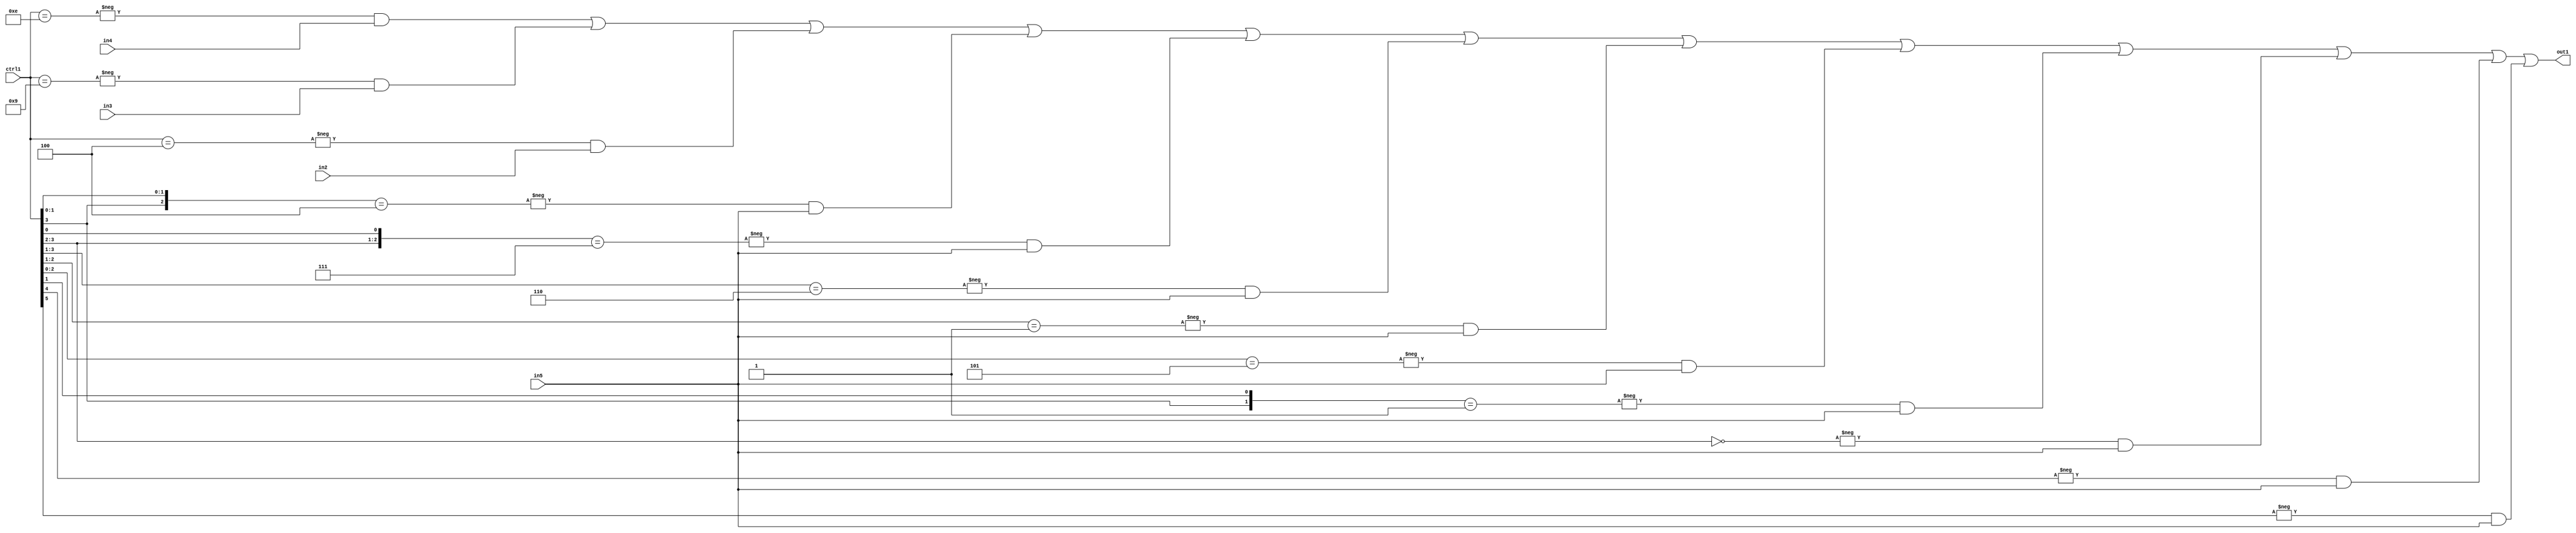
`timescale 1ps / 1ps
/*****************************************************************************
    Verilog RTL Description
    
    
    Created by: Stratus DpOpt 21.05.01 
*******************************************************************************/

module SobelFilter_N_Mux_32_4_31_4 (
	in5,
	in4,
	in3,
	in2,
	ctrl1,
	out1
	); /* architecture "behavioural" */ 
input [31:0] in5;
input [8:0] in4,
	in3,
	in2;
input [5:0] ctrl1;
output [31:0] out1;
wire [31:0] asc001;

assign asc001 = 
	-{ctrl1 == 6'B001110} & in4 |
	-{ctrl1 == 6'B001001} & in3 |
	-{ctrl1 == 6'B000100} & in2 |
	-{{ctrl1[3], ctrl1[1:0]} == 3'B100} & in5 |
	-{{ctrl1[3:2], ctrl1[0]} == 3'B111} & in5 |
	-{ctrl1[3:1] == 3'B110} & in5 |
	-{ctrl1[2:1] == 2'B01} & in5 |
	-{ctrl1[2:0] == 3'B101} & in5 |
	-{{ctrl1[3], ctrl1[1]} == 2'B01} & in5 |
	-{ctrl1[3:2] == 2'B00} & in5 |
	-{ctrl1[4] == 1'B1} & in5 |
	-{ctrl1[5] == 1'B1} & in5 ;

assign out1 = asc001;
endmodule

/* CADENCE  vbX3Qwk= : u9/ySxbfrwZIxEzHVQQV8Q== ** DO NOT EDIT THIS LINE ******/